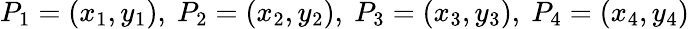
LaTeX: P_{1}=(x_{1},y_{1}),\ P_{2}=(x_{2},y_{2}),\ P_{3}=(x_{3},y_{3}),\ P_{4}=(x_{4},y_{4})